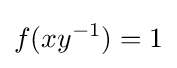
f(xy^{-1})=1